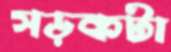
সড়কটা